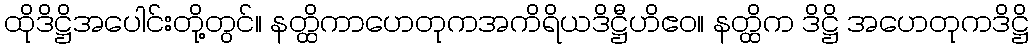
ထိုဒိဋ္ဌိအပေါင်းတို့တွင်။ နတ္ထိကာဟေတုကအကိရိယဒိဋ္ဌီဟိဧဝ။ နတ္ထိက ဒိဋ္ဌိ အဟေတုကဒိဋ္ဌိ